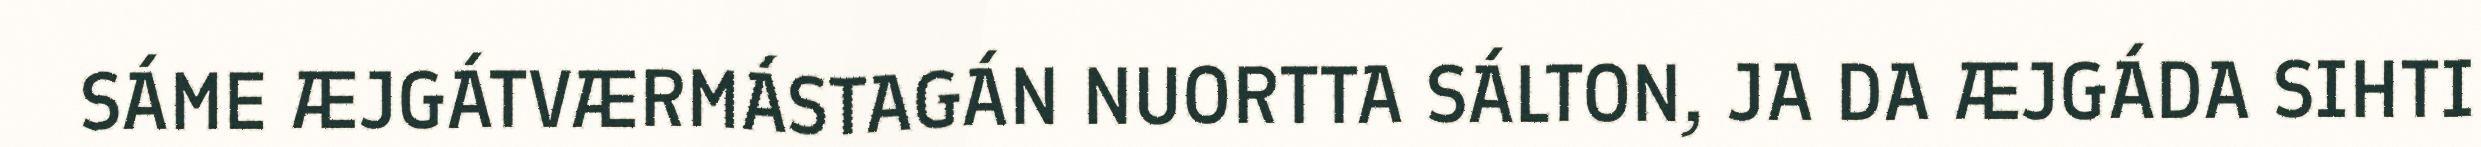
SÁME ÆJGÁTVÆRMÁSTAGÁN NUORTTA SÁLTON, JA DA ÆJGÁDA SIHTI